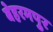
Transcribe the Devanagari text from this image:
बेहरमपुर